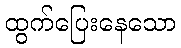
ထွက်ပြေးနေသော